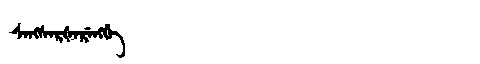
Manchu: ᠰᡝᠩᠰᡝᡵᡧᡝᡵᡝᠩᡤᡝ
Romanization: SENGSERŠERENGGE